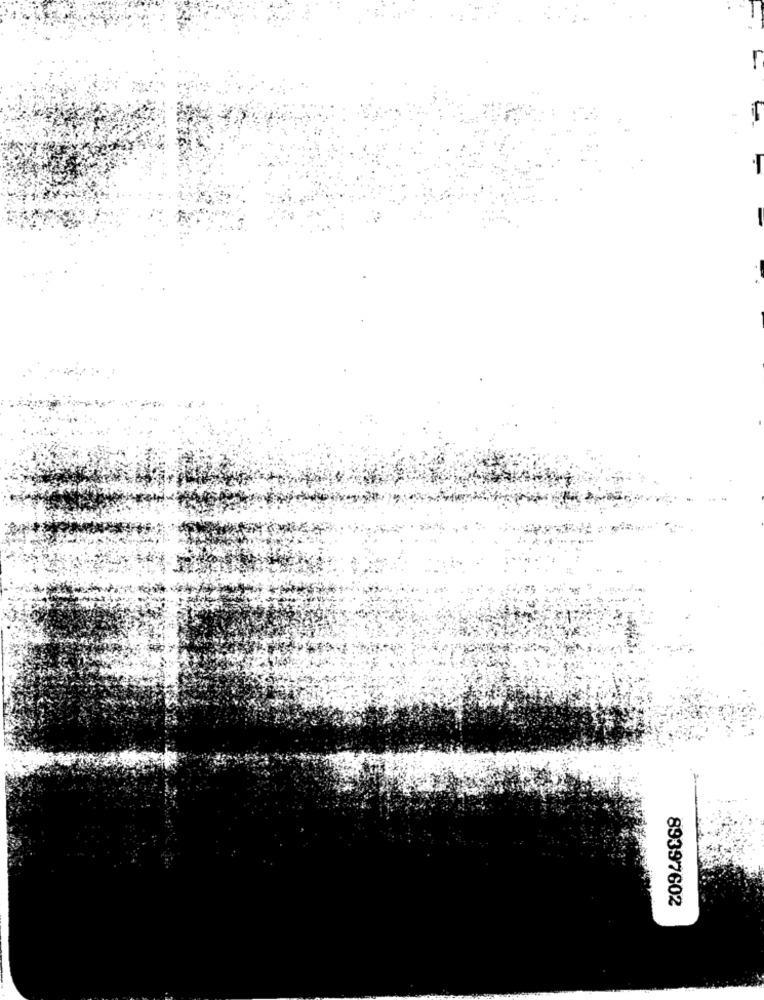
89397602